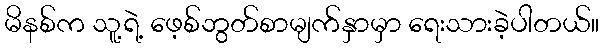
မိနစ်က သူ့ရဲ့ ဖေ့စ်ဘွတ်စာမျက်နှာမှာ ရေးသားခဲ့ပါတယ်။